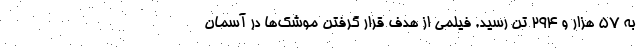
به ۵۷ هزار و ۲۹۴ تن رسید. فیلمی از هدف قرار گرفتن موشک‌ها در آسمان